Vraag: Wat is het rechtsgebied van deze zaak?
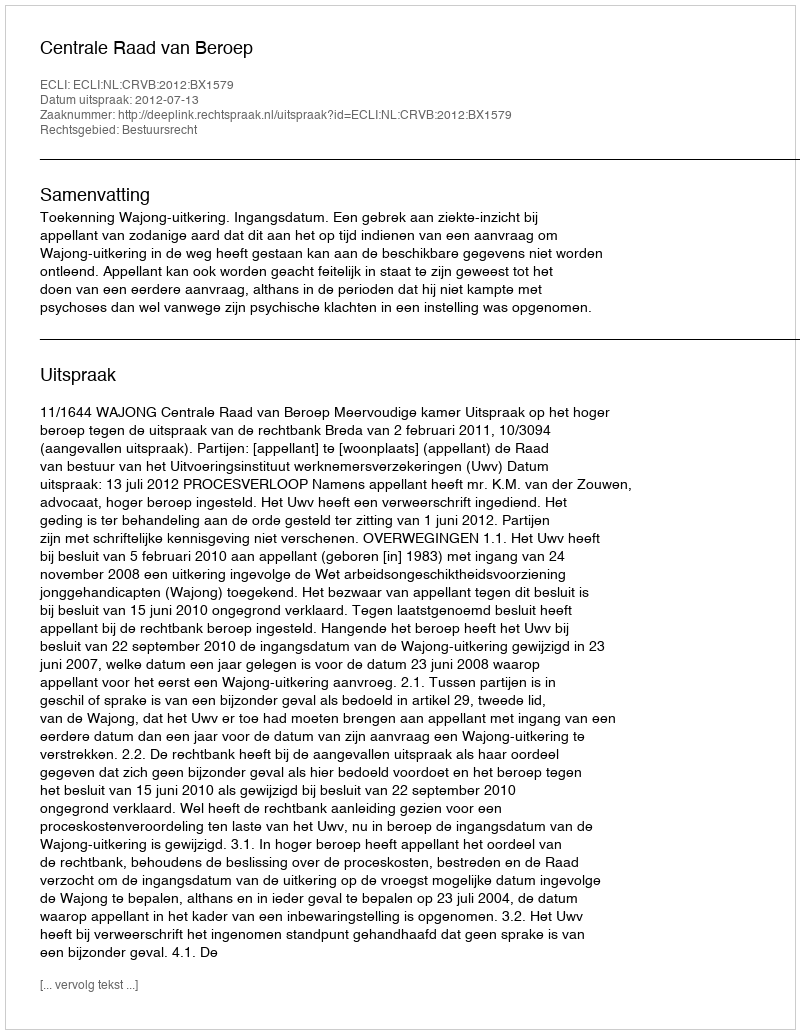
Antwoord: Bestuursrecht